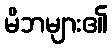
မိဘများ၏